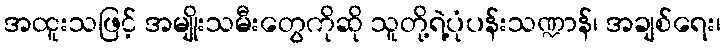
အထူးသဖြင့် အမျိုးသမီးတွေကိုဆို သူတို့ရဲ့ပုံပန်းသဏ္ဍာန်၊ အချစ်ရေး၊